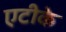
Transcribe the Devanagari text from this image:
एटीके